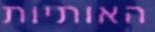
האותיות